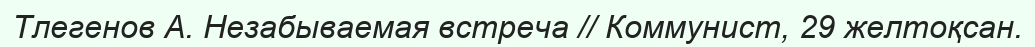
Тлегенов А. Незабываемая встреча // Коммунист, 29 желтоқсан.